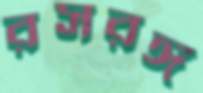
রসরঙ্গ